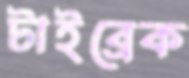
টাইব্রেক